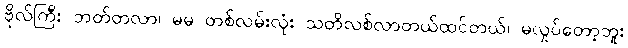
ဗိုလ်ကြီး ဘတ်တလာ၊ မမ တစ်လမ်းလုံး သတိလစ်လာတယ်ထင်တယ်၊ မလှုပ်တော့ဘူး